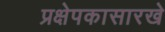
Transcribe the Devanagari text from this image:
प्रक्षेपकासारखे